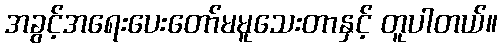
အခွင့်အရေးပေးတော်မမူသေးတာနှင့် တူပါတယ်။